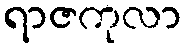
ရာဇကုလာ